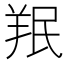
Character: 𫅒